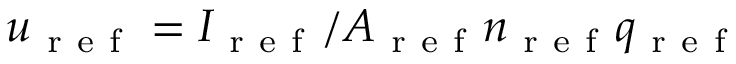
u _ { \mathrm { ~ r ~ e ~ f ~ } } = I _ { \mathrm { ~ r ~ e ~ f ~ } } / A _ { \mathrm { ~ r ~ e ~ f ~ } } n _ { \mathrm { ~ r ~ e ~ f ~ } } q _ { \mathrm { ~ r ~ e ~ f ~ } }